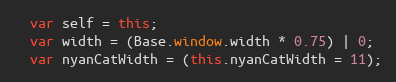
Language: JavaScript
  var self = this;
  var width = (Base.window.width * 0.75) | 0;
  var nyanCatWidth = (this.nyanCatWidth = 11);